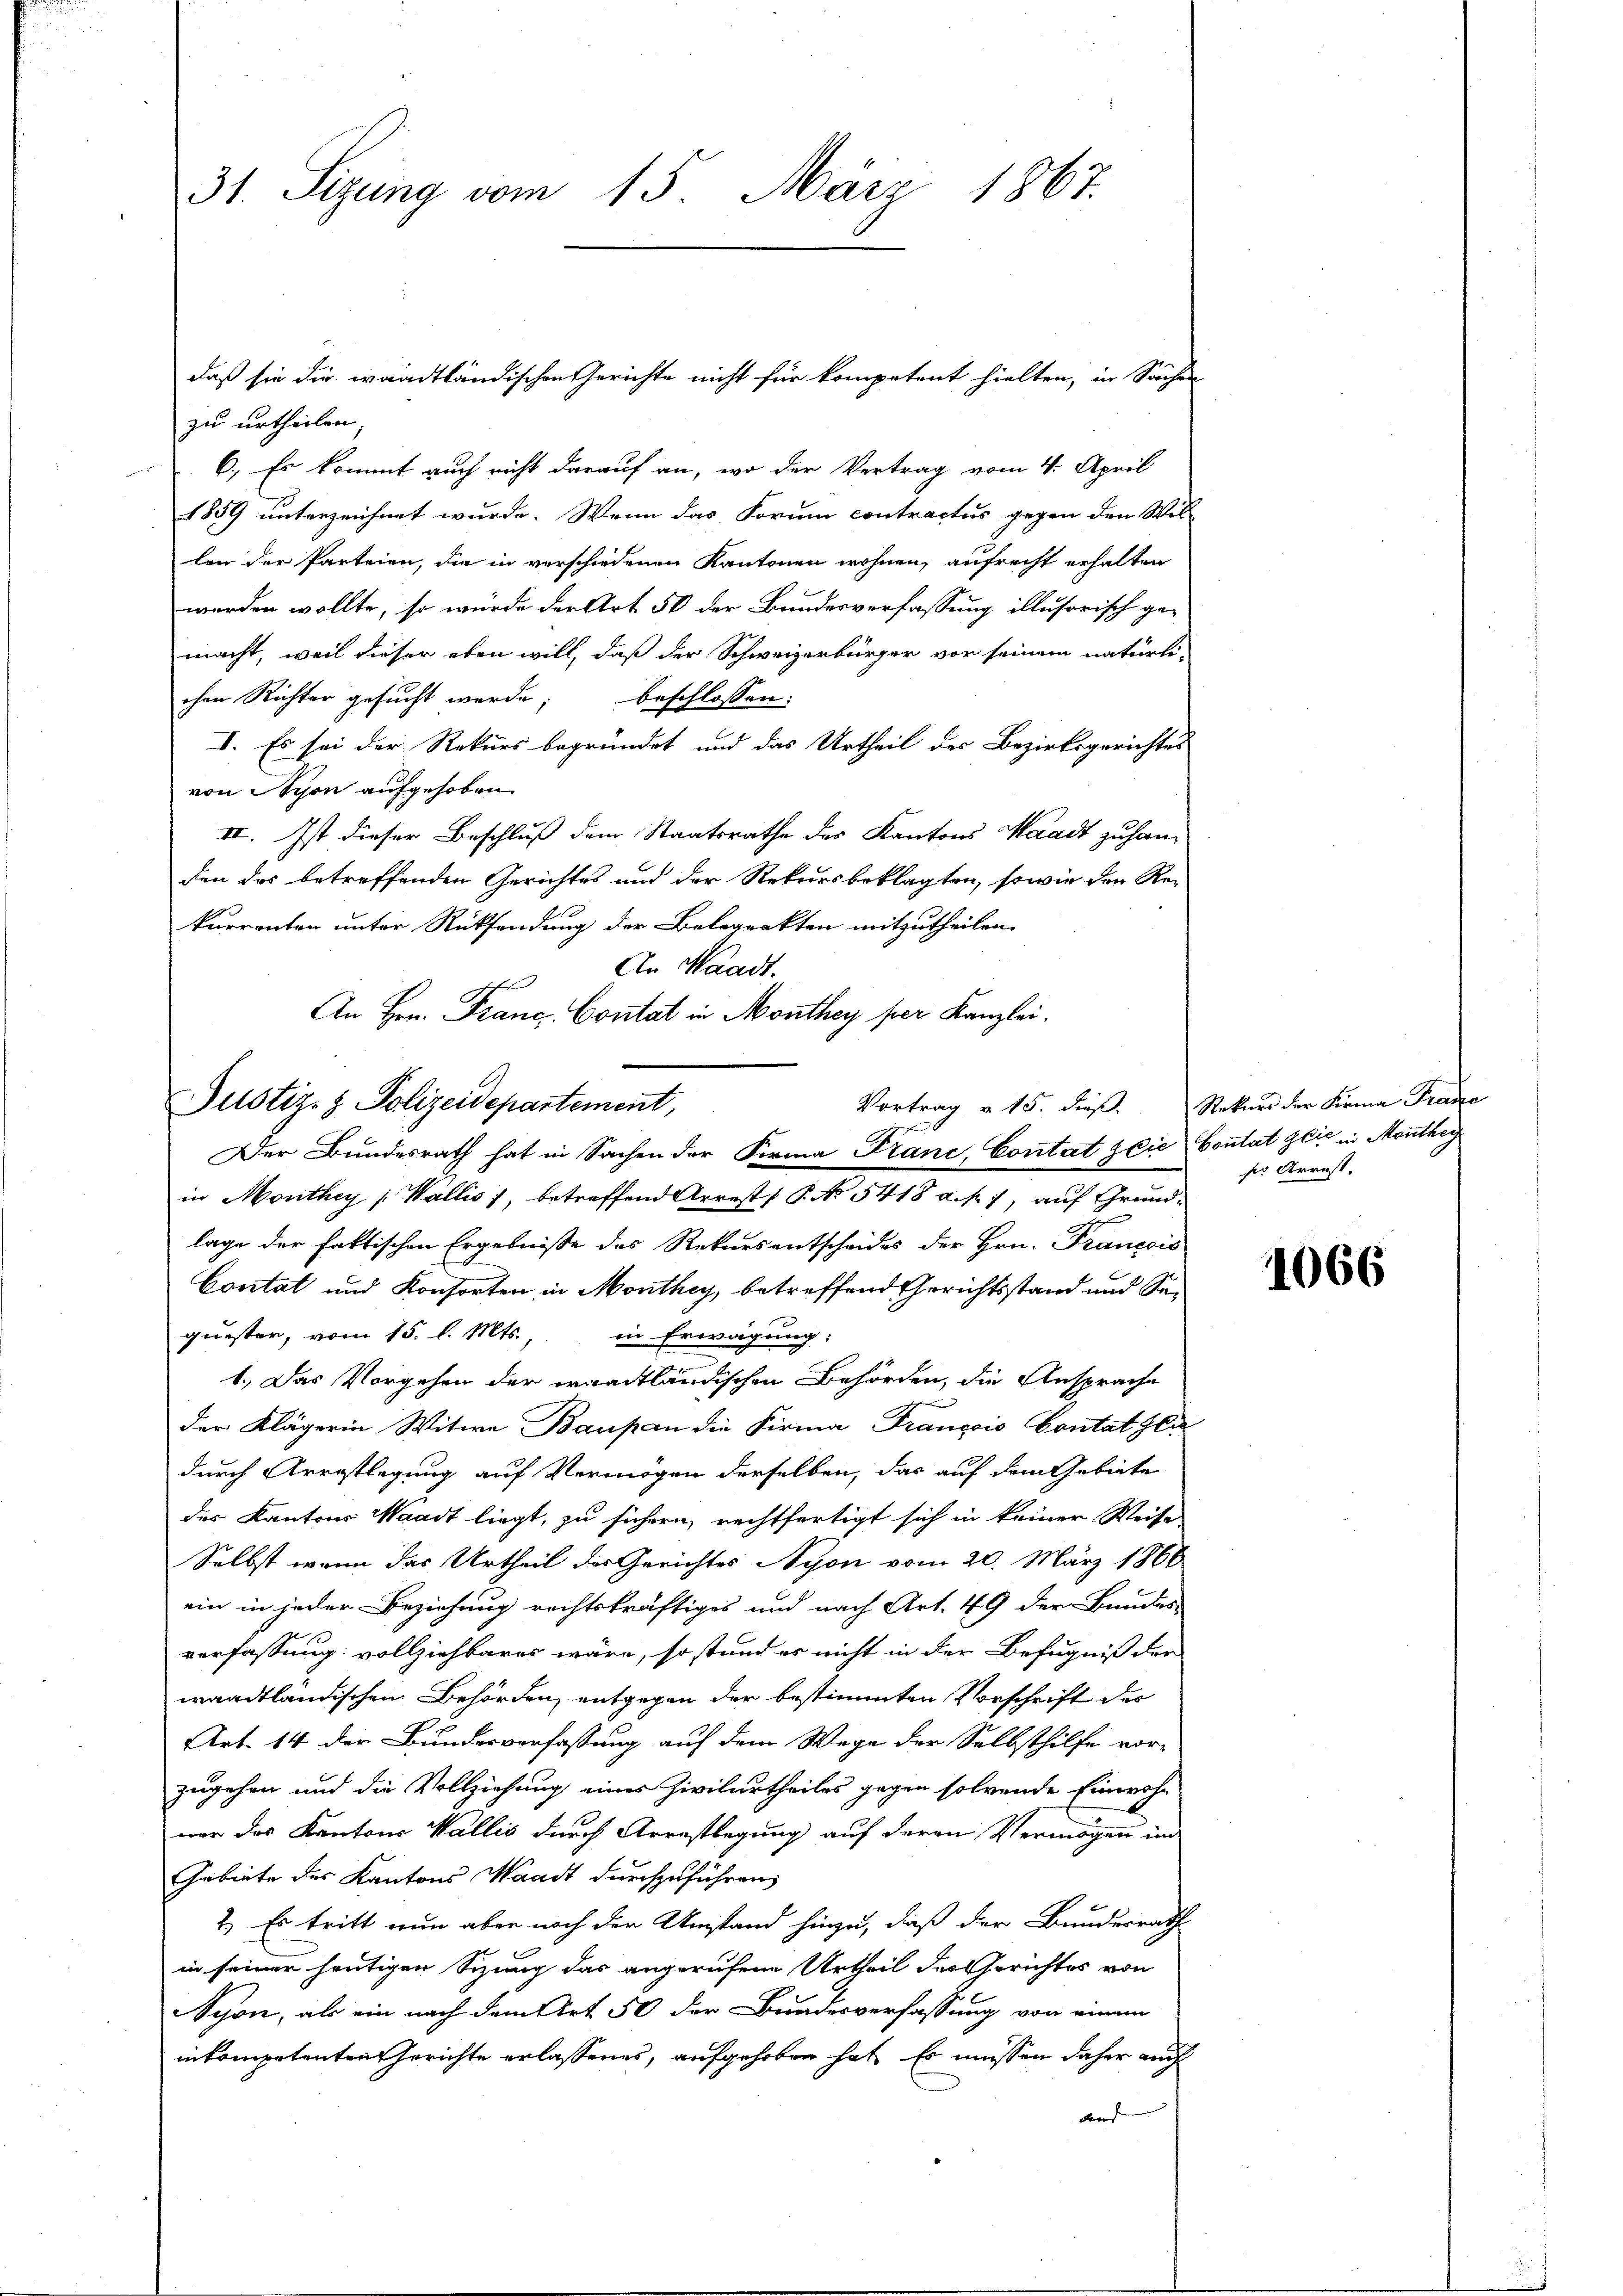
31. Sizung vom 15. März 1867.

daß sie die waadtländischen Gerichte nicht für kompetent hielten, in Sachen
zu urtheilen.
6.) Es kommt auch nicht darauf an, wo der Vertrag vom 4. April
1859 unterzeichnet wurde. Wenn das Forum contractus gegen den Wil-
len der Parteien, die in verschiedenen Kantonen wohnen, aufrecht erhalten
werden wollte, so würde der Art 50 der Bundesverfassung illusorisch ge-
macht, weil dieser eben will, daß der Schweizerbürger vor seinem natürli-
chen Richter gesucht werde; beschlossen:
I. Es sei der Rekurs begründet und das Urtheil des Bezirksgerichtes
von Nyon aufgehoben.
II. Ist dieser Beschluß dem Staatsrathe des Kantons Waadt zu han-
den das betreffenden Gerichtes und der Rekursbeklagten, sowie den Re-
kurrenten unter Rücksendung der Belegrakten mitzutheilen.
An Waadt.
An Hrn. Franc, Contat in Monthey per Kanzlei.
Der Bundesrath hat in Sachen der Firma Franc, Contat die Contat Zeit in Monthey
in Monthey (Wallis 1, betreffend Arrest; P. No 5418 d.k.), auf Grund¬

lage der faktischen Ergebnisse des Rekursentscheides der Hrn. Francois
Contal und Konsorten in Monthey, betreffend Gerichtsstand und Sequester, vom 15. l. Mts. in Erwägung:
1.) Das Vorgehen der waadtländischen Behörden, die Ansprache
der Klägerin Witwe Baupan die Firma François Contat Glu
durch Arrestlegung auf Vermögen derselben, das auf dem Gebiete
des Kantons Waadt liegt, zu sichern, rechtfertigt sich in keiner Weise
Selbst wenn das Urtheil der Gerichtes Nyon vom 20. März 1866
ein in jeder Beziehung rechtskräftiges und nach Art. 49 der Bundes-
verfassung vollziehbares wäre, so stand es nicht in der Befugniß der
waadtländischen Behörden, entgegen der bestimmten Vorschrift des
Art. 14 der Bundesverfassung auf dem Wege der Selbsthilfe vor-
zugehen und die Vollziehung eines Zivilurtheiles gegen solvende Einwohn
wer das Kantons Wallis durch Arrestlegung auf deren Vermögen in
Gebiete des Kantons Waadt durchzuführen,
2.) Es tritt nun aber noch der Umstand hinzu, daß der Bundesrath
in seiner heutigen Sizung das angerufene Urtheil des Gerichtes von
Syon, als ein nach dem Art. 50 der Bundesverfassung von einem
inkompetenten Gerichte erlassenes, aufgehoben hat. Es müssen daher auch
den

Justiz- & Polizeidepartement,

Vortrag v. 15. dieß. Rekurs der Firma Fraue
ser Arrest.

1066